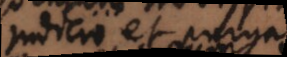
judicio et purgatorio